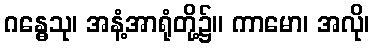
ဂန္ဓေသု၊ အနံ့အာရုံတို့၌။ ကာမော၊ အလို၊